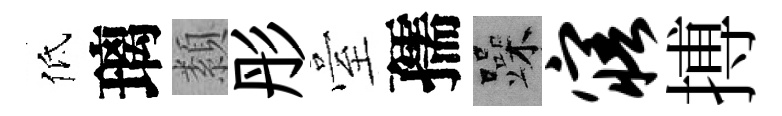
低璃纇彤臺孺躁寤搏